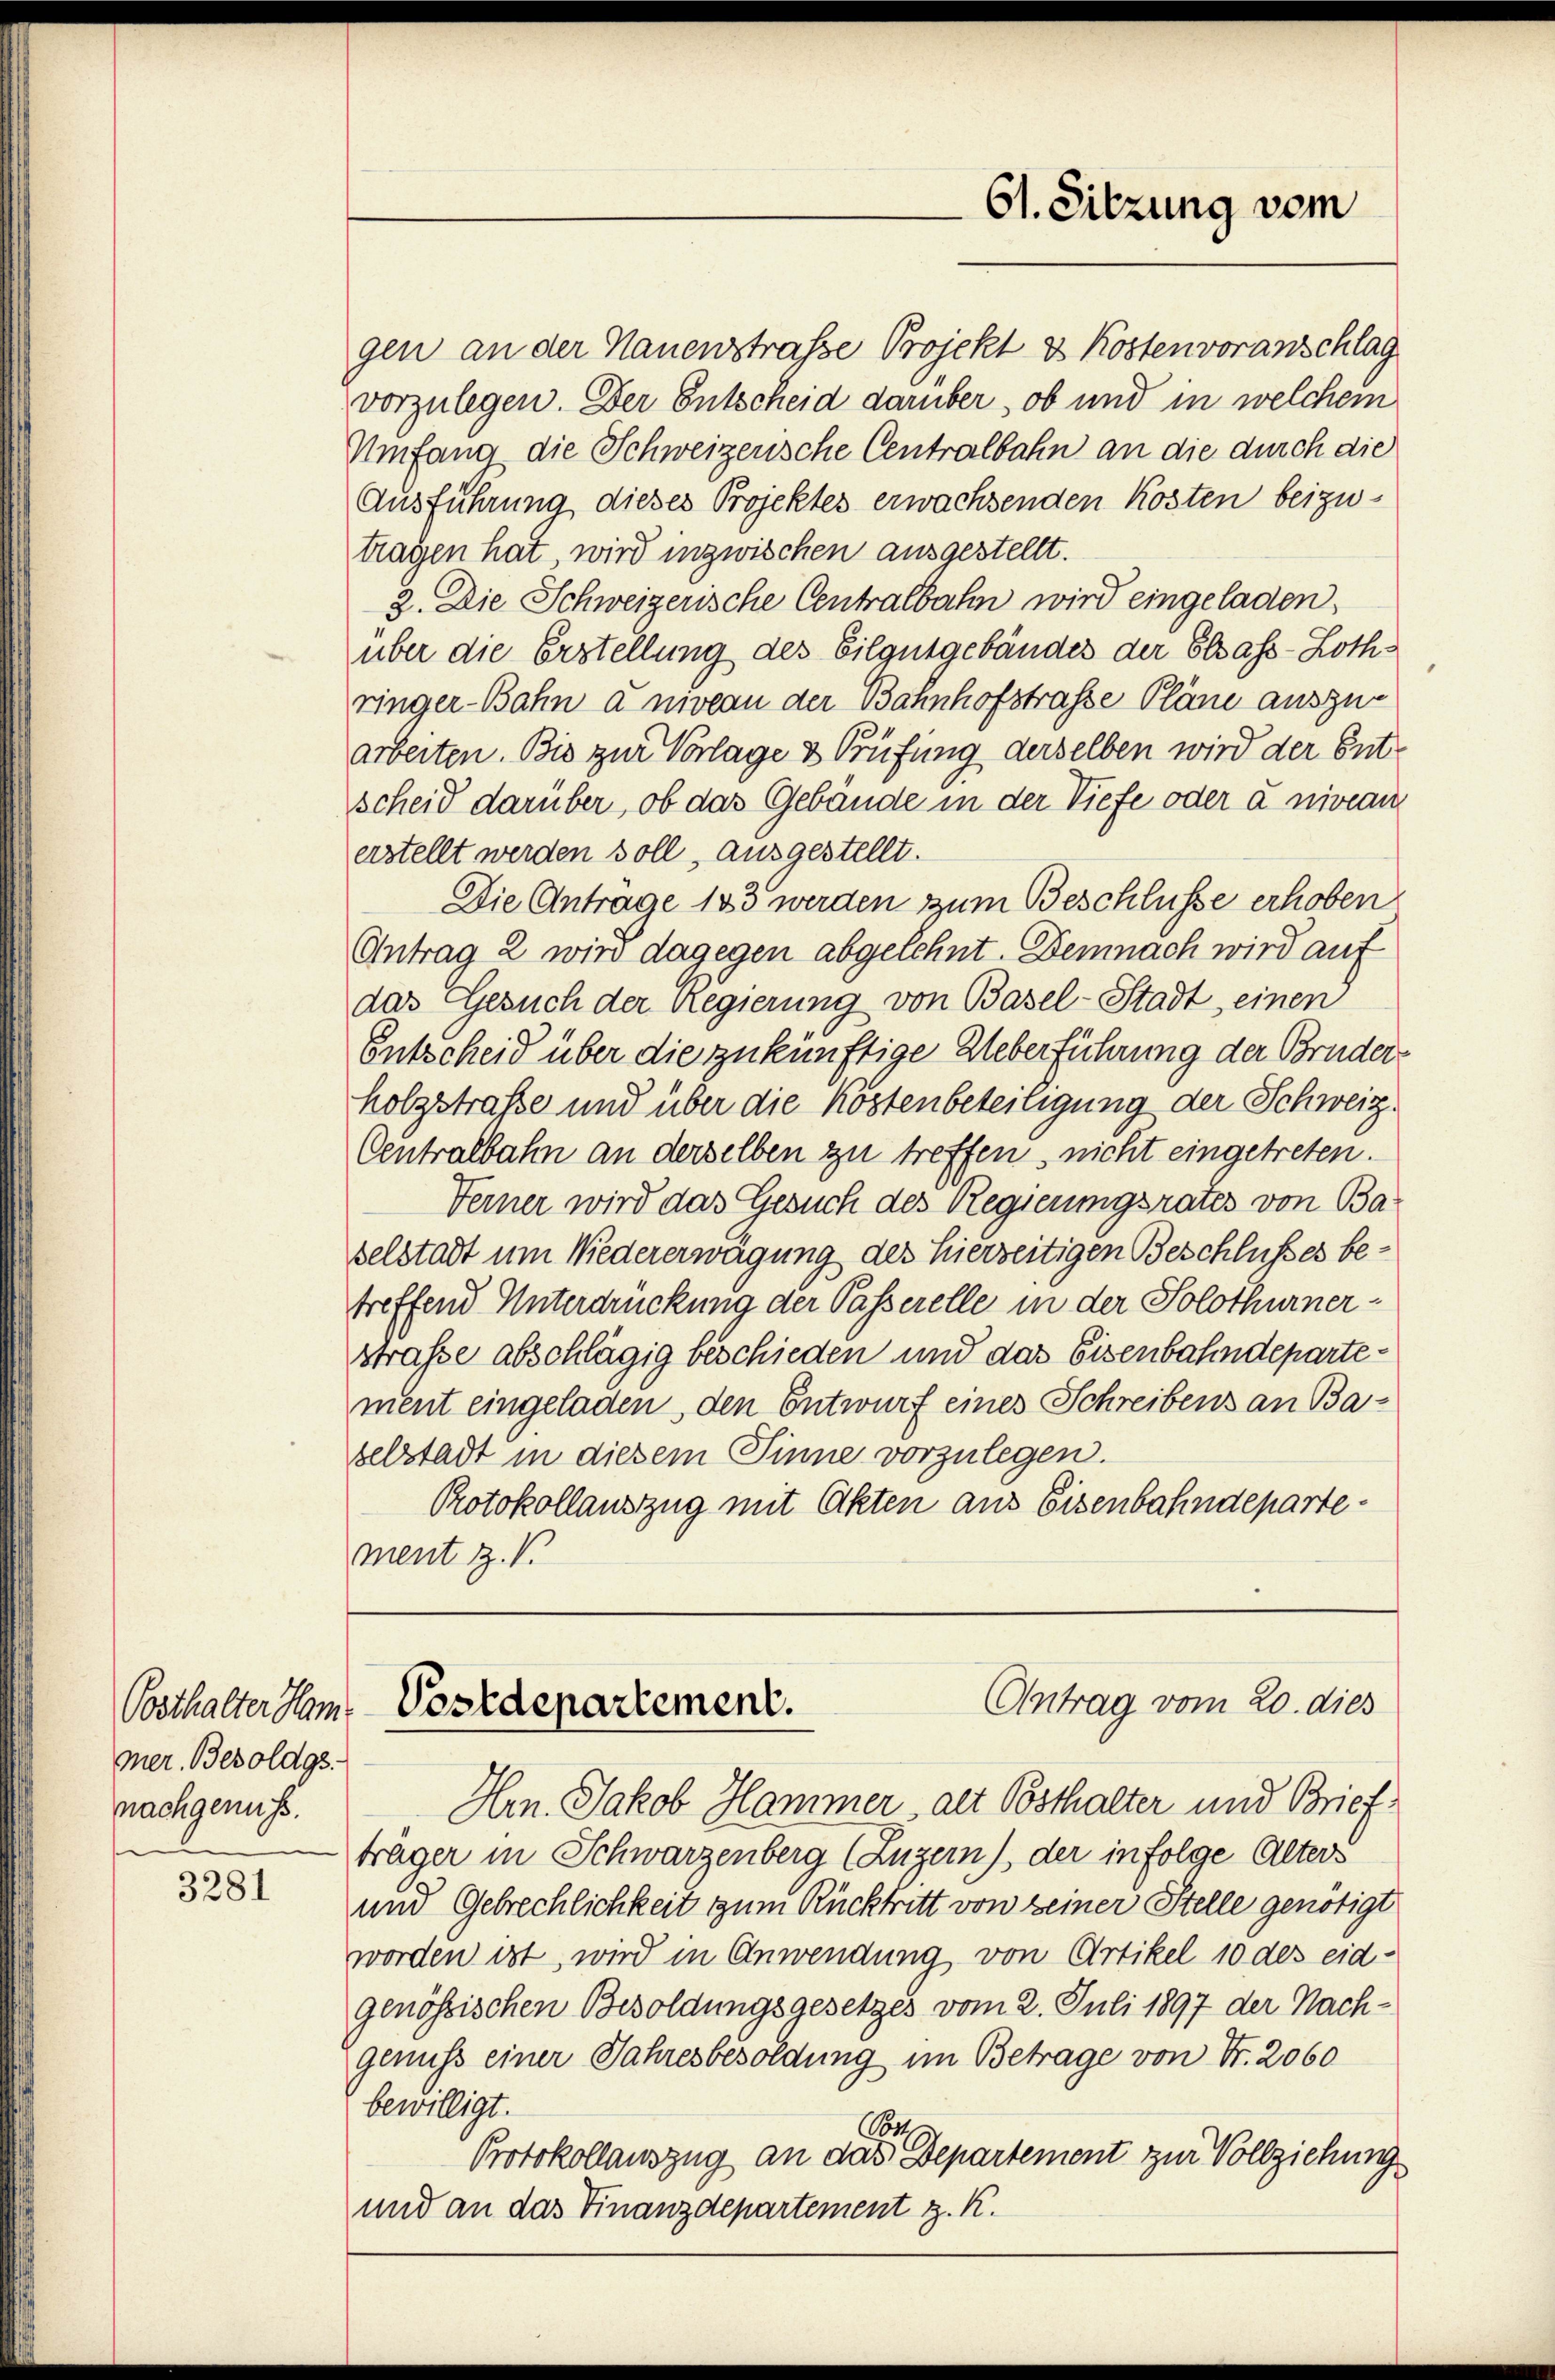
mer. Besoldgs.
nachgenuss.

3281

gen an der Nauenstrasse Projekt & Kosten voranschlag
vorzulegen. Der Entscheid darüber, ob und in welchem
Umfang die Schweizerische Centralbahn an die durch die
Ausführung dieses Projektes erwachsenden Kosten beizutragen hat wird inzwischen ausgestellt.
2. Die Schweizerische Centralbahn wird eingeladen,
über die Erstellung des Eilgutgebäudes der Elsass-Lothringer-Bahn a niveau der Bahnhofstrasse Pläne auszuarbeiten. Bis zur Vorlage & Prüfung derselben wird der Entscheid darüber, ob das Gebäude in der Tiefe oder a niveau
erstellt werden soll, ausgestellt.
Die Antrage 183 werden zum Beschlüsse erhoben
Antrag 2 wird dagegen abgelehnt. Demnach wird auf
das Gesuch der Regierung von Basel-Stadt, einen
Entscheid über die zukünftige Ueberführung der Bruderholzstraße und über die Kostenbeteiligung der Schweiz.
Centralbahn an derselben zu treffen, nicht eingetreten.
Ferner wird das Gesuch des Regierungsrates von Baselstadt um Niedererwägung des hierzeitigen Beschlusses betreffend Unterdrückung der Passerelle in der Solothurnerstraße abschlägig beschieden und das Eisenbahndepartement eingeladen, den Entwurf eines Schreibens an Baselstadt in diesem Sinne vorzulegen.
Protokollauszug mit Akten aus Eisenbahndepartement z. B.

61. Sitzung vom

Antrag vom 20. dies
Posthalter im Postdepartement.

Hm. Jakob Hammer alt Posthalter und Briefträger in Schwarzenberg (Luzern) der infolge Alter
und Gebrechlichkeit zum Rücktritt von keiner Stelle genötigt
worden ist, wird in Anwendung von Artikel 10 des eid-
genössischen Besoldungsgesetzes vom 2. Juli 1897 der Nachgenuss einer Jahresbesoldung im Betrage von Fr. 2060
bewilligt.
Br
Protokollauszug an das Departement zur Vollziehung
und an das Finanzdepartement z. K.